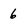
Character: 6